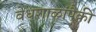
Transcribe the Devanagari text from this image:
वेधशाळांपैकी